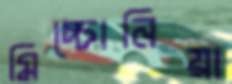
মিচ্চোনিয়া